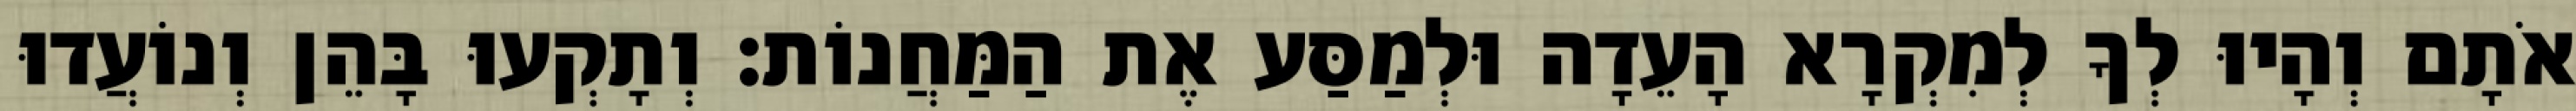
אֹתָם וְהָיוּ לְךָ לְמִקְרָא הָעֵדָה וּלְמַסַּע אֶת הַמַּחֲנוֹת׃ וְתָקְעוּ בָּהֵן וְנוֹעֲדוּ